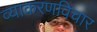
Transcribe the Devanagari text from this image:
व्याकरणविचार